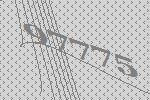
97775